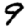
Digit: 9